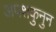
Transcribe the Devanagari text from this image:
अपशकुनुन